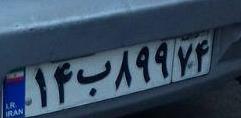
۱۴ب۸۹۹۷۴